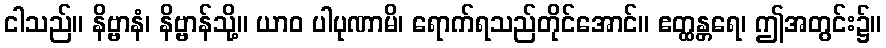
ငါသည်။ နိဗ္ဗာနံ၊ နိဗ္ဗာန်သို့။ ယာဝ ပါပုဏာမိ၊ ရောက်ရသည်တိုင်အောင်။ ဧတ္ထန္တရေ၊ ဤအတွင်း၌။